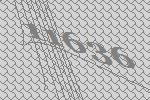
11636